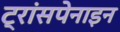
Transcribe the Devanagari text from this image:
ट्रांसपेनाइन